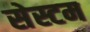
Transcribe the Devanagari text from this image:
सेस्टम